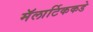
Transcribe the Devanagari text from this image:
मॅलार्टिककडे